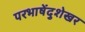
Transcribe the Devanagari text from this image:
परभाषेंदुशेखर